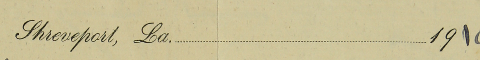
Shreveport, LA........................................1910